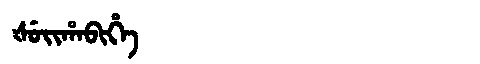
Manchu: ᡧᡠᡳᡥᠠᠪᡳᡥᡝ
Romanization: ŠUIHABIHE